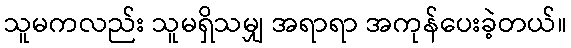
သူမကလည်း သူမရှိသမျှ အရာရာ အကုန်ပေးခဲ့တယ်။